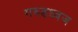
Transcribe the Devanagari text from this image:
गरुडध्वज